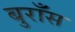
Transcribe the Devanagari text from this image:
बुराँस